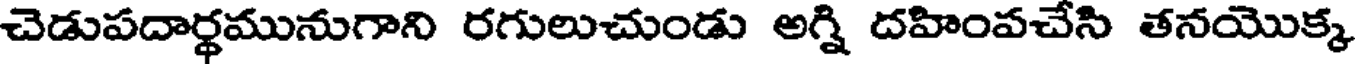
చెడుపదార్థమునుగాని రగులుచుండు అగ్ని దహింవచేసి తనయొక్క